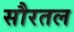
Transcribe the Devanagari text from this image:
सौरतल